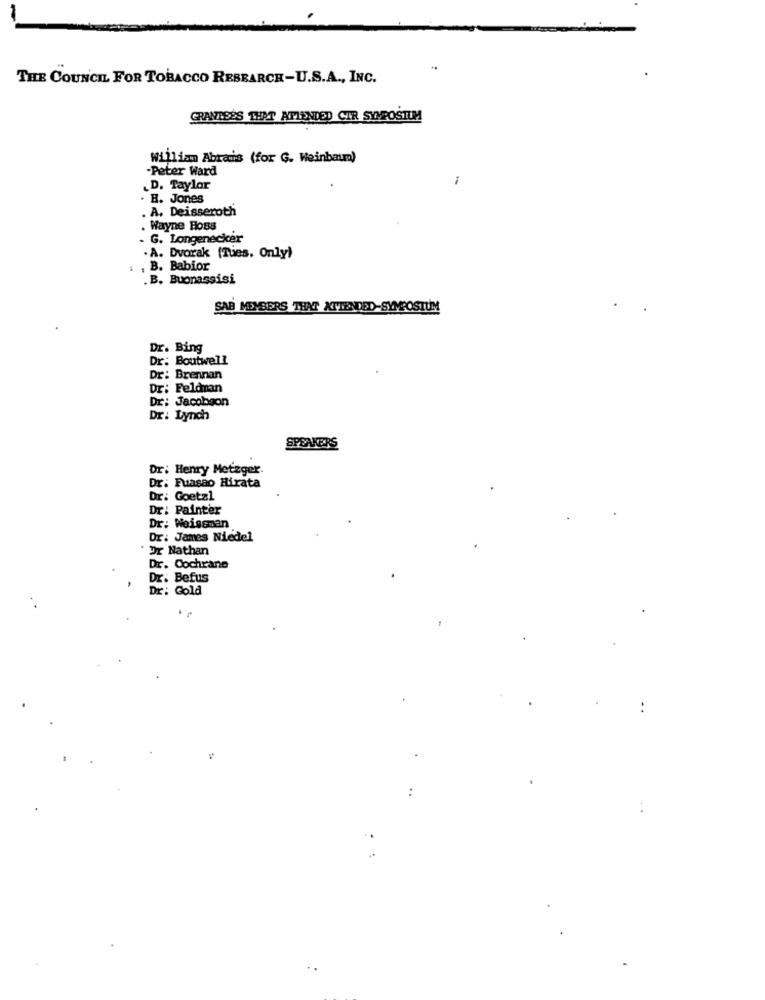
THE COUNCIL FOR TOBACCO RESEARCH-U.S.A ., INC.
GRANTEES THAT ATTENDED CIR SYMPOSIUM
William Abrams (for G. Weinbaum)
-Peter Ward
-
.D. Taylor
. B. Jones
. A. Deisseroth
Wayne Foss
. G. Longenecker
. A. Dvorak (Tues. Only)
B. Babior
. B. Buonassisi
SAB MEMBERS THAT ATTENDED-SYMPOSIUM
Dr. Bing
Dr: Boutwell
Dr: Brennan
Dr: Feldman
Dr: Jacobson
Dr: Lynch
SPEAKERS
Dr: Henry Metzger.
Dr. Fuasao Hirata
Dr: Goetz1
Dr: Painter
Dr: Weissman
Dr. James Niedel
: Dr Nathan
Dr. Cochrane
Dr. Befus
Dr: Gold